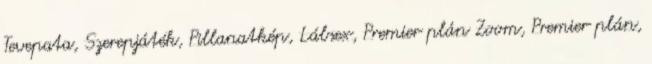
Tevepata, Szerepjáték, Pillanatkép, Lábsex, Premier plán Zoom, Premier plán,